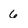
Character: 6